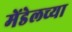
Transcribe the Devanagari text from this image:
मेंडेलच्या